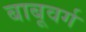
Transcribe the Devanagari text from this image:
बाबूवर्ग